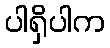
ပါရှိပါက